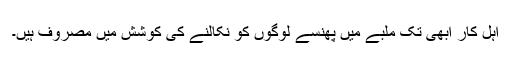
اہل کار ابھی تک ملبے میں پھنسے لوگوں کو نکالنے کی کوشش میں مصروف ہیں۔